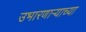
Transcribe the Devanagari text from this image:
उभारणार्‍याच्या